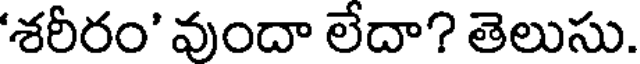
'శరీరం' వుందా లేదా? తెలుసు.